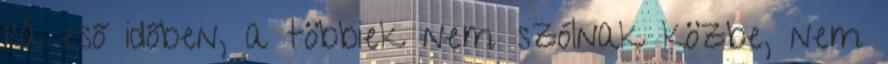
rá eső időben, a többiek nem szólnak közbe, nem